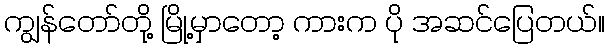
ကျွန်တော်တို့ မြို့မှာတော့ ကားက ပို အဆင်ပြေတယ်။